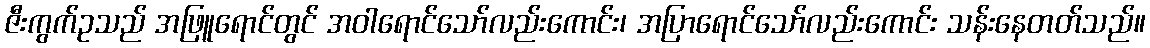
ဇီးကွက်ဥသည် အဖြူရောင်တွင် အဝါရောင်သော်လည်းကောင်း၊ အပြာရောင်သော်လည်းကောင်း သန်းနေတတ်သည်။